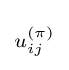
\scriptstyle {u_{ij}^{(\pi )}}